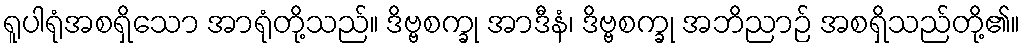
ရူပါရုံအစရှိသော အာရုံတို့သည်။ ဒိဗ္ဗစက္ခု အာဒီနံ၊ ဒိဗ္ဗစက္ခု အဘိညာဉ် အစရှိသည်တို့၏။